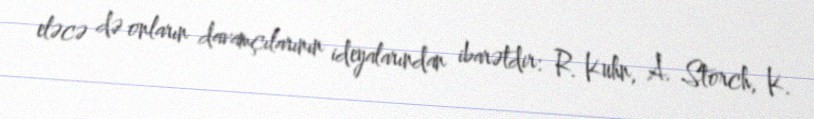
eləcə də onların davamçılarının ideyalarından ibarətdir: R. Kuhn, A. Storch, K.